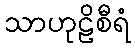
သာဟုဠိစီရံ